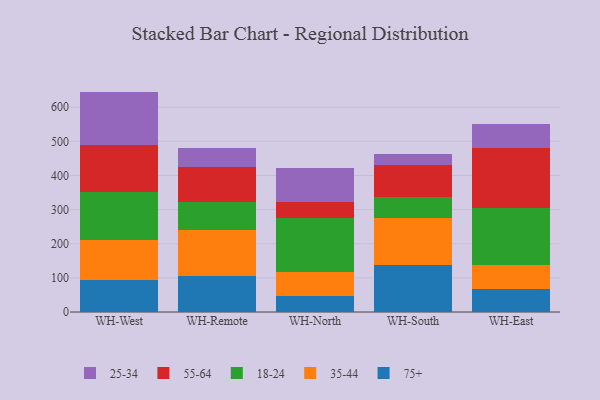
{"axis": {"x": "Warehouse", "y": "Waste Production (Tons)"}, "legend": ["18-24", "25-34", "35-44", "55-64", "75+"], "data": [{"x": "WH-West", "y": 93.8, "type": "75+"}, {"x": "WH-West", "y": 118.0, "type": "35-44"}, {"x": "WH-West", "y": 141.0, "type": "18-24"}, {"x": "WH-West", "y": 136.4, "type": "55-64"}, {"x": "WH-West", "y": 156.4, "type": "25-34"}, {"x": "WH-Remote", "y": 105.9, "type": "75+"}, {"x": "WH-Remote", "y": 133.1, "type": "35-44"}, {"x": "WH-Remote", "y": 82.3, "type": "18-24"}, {"x": "WH-Remote", "y": 102.6, "type": "55-64"}, {"x": "WH-Remote", "y": 56.0, "type": "25-34"}, {"x": "WH-North", "y": 47.8, "type": "75+"}, {"x": "WH-North", "y": 69.5, "type": "35-44"}, {"x": "WH-North", "y": 158.0, "type": "18-24"}, {"x": "WH-North", "y": 48.3, "type": "55-64"}, {"x": "WH-North", "y": 98.9, "type": "25-34"}, {"x": "WH-South", "y": 137.1, "type": "75+"}, {"x": "WH-South", "y": 137.7, "type": "35-44"}, {"x": "WH-South", "y": 62.9, "type": "18-24"}, {"x": "WH-South", "y": 92.6, "type": "55-64"}, {"x": "WH-South", "y": 33.8, "type": "25-34"}, {"x": "WH-East", "y": 68.8, "type": "75+"}, {"x": "WH-East", "y": 69.5, "type": "35-44"}, {"x": "WH-East", "y": 165.6, "type": "18-24"}, {"x": "WH-East", "y": 177.4, "type": "55-64"}, {"x": "WH-East", "y": 70.2, "type": "25-34"}]}